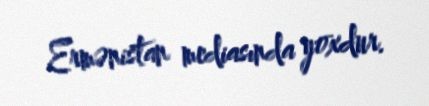
Ermənistan mediasında yoxdur.